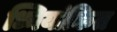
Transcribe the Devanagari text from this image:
ध्नियांकित